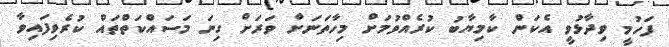
ފަހުމީ ވިދާޅުވީ އެކަން ކާމިޔާބު ކުރެއްވުމަށް މިހާތަނަށް ވަރަށް ގިނަ މަސައްކަތްތައް ކުރެވިފައިވާ